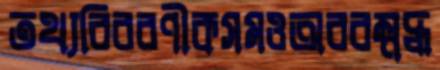
তথ্যবিবরণীকসমওঅবরম্নদ্ধ